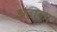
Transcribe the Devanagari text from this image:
अदागा